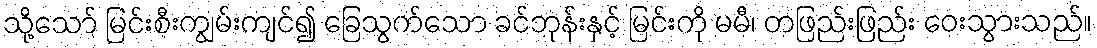
သို့သော် မြင်းစီးကျွမ်းကျင်၍ ခြေသွက်သော ခင်ဘုန်းနှင့် မြင်းကို မမီ၊ တဖြည်းဖြည်း ဝေးသွားသည်။